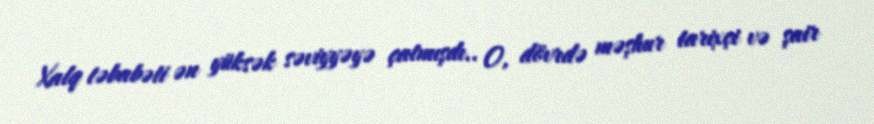
Xalq təbabəti ən yüksək səviyyəyə çatmışdı.. O, dövrdə məşhur tarixçi və şair